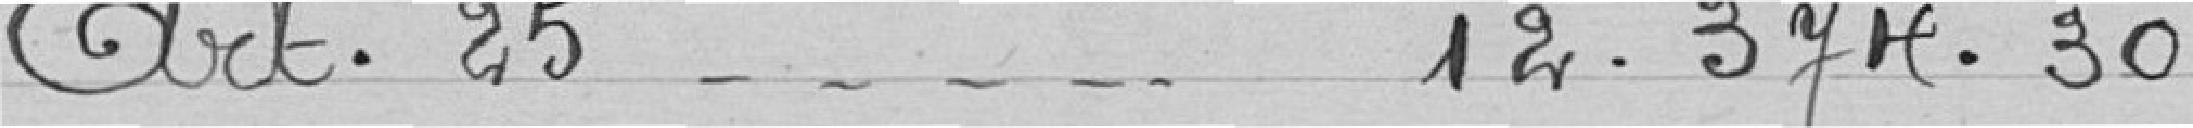
Art.25....12.374.30